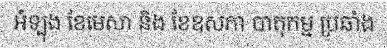
អំឡុង ខែមេសា និង ខែឧសភា បាតុកម្ម ប្រឆាំង